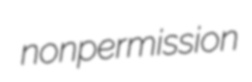
nonpermission